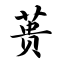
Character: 蒉